Annual report of the Punjab Veterinary College and of the Civil Veterinary Department, Punjab - 1920-1925
Year: 1920
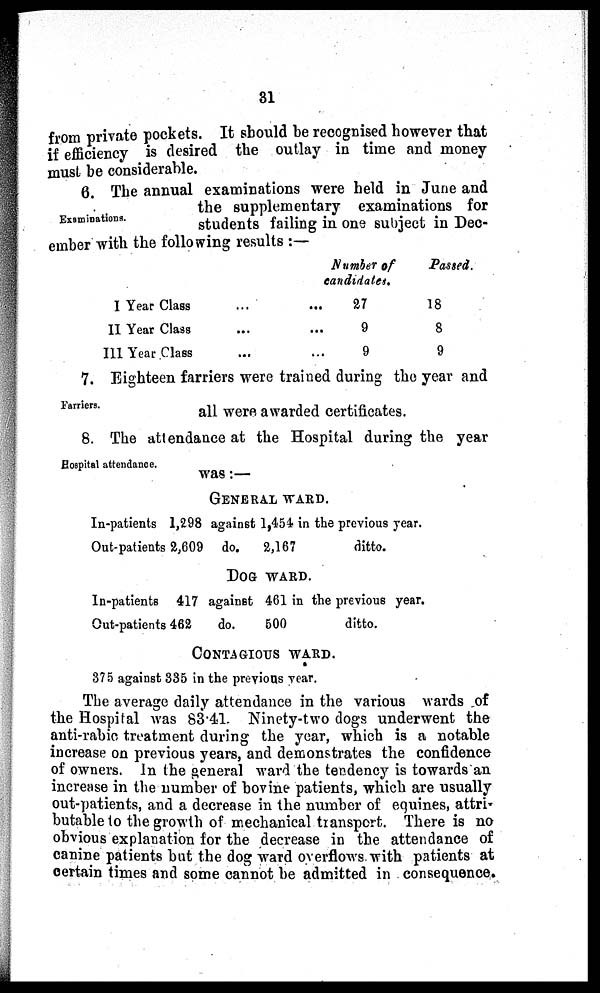
31
from private pockets. It should be recognised however that
if efficiency is desired the outlay in time and money
must be considerable.
Examinations.
6. The annual examinations were held in June and
the supplementary examinations for
students failing in one subject in Dec-
ember with the following results:—
I Year Class
II Year Class
III Year Class
...
...
...
Number of
candidates.
27
9
9
Passed.
18
8
9
Farriers.
7. Eighteen farriers were trained during the year and
all were awarded certificates.
Hospital attendance.
8. The attendance at the Hospital during the year
was:—
GENERAL WARD.
In-patients 1,298
Out-patients 2,609
against 1,454 in the previous year.
do.
2,167
ditto.
DOG WARD.
In-patients 417
Out-patients 462
against 461 in the previous year.
do.
500
ditto.
CONTAGIOUS WARD.
375 against 335 in the previous year.
The average daily attendance in the various wards of
the Hospital was 83.41. Ninety-two dogs underwent the
anti-rabic treatment during the year, which is a notable
increase on previous years, and demonstrates the confidence
of owners. In the general ward the tendency is towards an
increase in the number of bovine patients, which are usually
out-patients, and a decrease in the number of equines, attri-
butable to the growth of mechanical transport. There is no
obvious explanation for the decrease in the attendance of
canine patients but the dog ward overflows with patients at
certain times and some cannot be admitted in consequence.